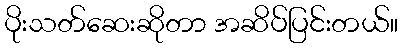
ပိုးသတ်ဆေးဆိုတာ အဆိပ်ပြင်းတယ်။